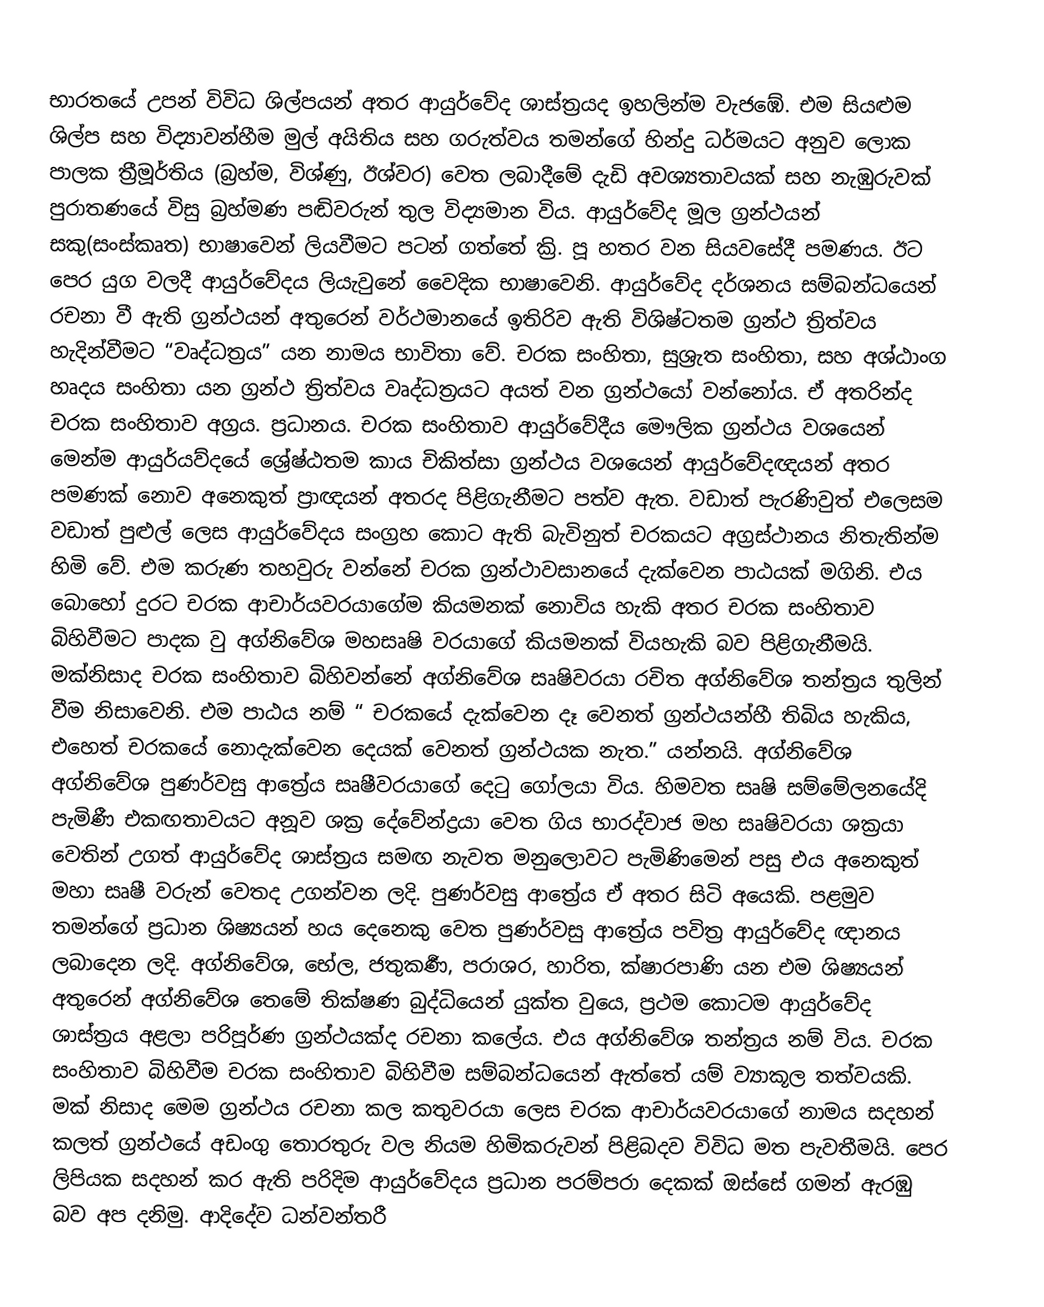
භාරතයේ උපන් විවිධ ශිල්පයන් අතර ආයුර්වේද ශාස්ත්‍රයද ඉහලින්ම වැජඹේ. එම සියළුම ශිල්ප සහ විද්‍යාවන්හීම මුල් අයිතිය සහ ගරුත්වය  තමන්ගේ හින්දු  ධර්මයට  අනුව ලොක පාලක ත්‍රීමූර්තිය (බ්‍රහ්ම, විශ්ණු, ඊශ්වර) වෙත ලබාදීමේ දැඩි අවශ්‍යතාවයක් සහ නැඹුරුවක් පුරාතණයේ විසු බ්‍රහ්මණ පඬිවරුන් තුල විද්‍යමාන විය.  ආයුර්වේද මූල ග්‍රන්ථයන් සකු(සංස්කෘත) භාෂාවෙන් ලියවීමට පටන් ගත්තේ ක්‍රි. පූ හතර වන සියවසේදී පමණය. ඊට පෙර යුග වලදී ආයුර්වේදය ලියැවුනේ වෛදික භාෂාවෙනි. ආයුර්වේද දර්ශනය සම්බන්ධයෙන් රචනා වී ඇති ග්‍රන්ථයන් අතුරෙන්  වර්ථමානයේ ඉතිරිව ඇති විශිෂ්ටතම ග්‍රන්ථ ත්‍රිත්වය හැදින්වීමට  “වෘද්ධත්‍රය” යන නාමය භාවිතා වේ. චරක සංහිතා, සුශ්‍රැත සංහිතා, සහ අශ්ඨාංග හෘදය සංහිතා යන ග්‍රන්ථ ත්‍රිත්වය වෘද්ධත්‍රයට අයත් වන ග්‍රන්ථයෝ වන්නෝය. ඒ අතරින්ද චරක සංහිතාව අග්‍රය. ප්‍රධානය. චරක සංහිතාව ආයුර්වේදීය මෞලික ග්‍රන්ථය වශයෙන් මෙන්ම ආයුර්යව්දයේ ශ්‍රේෂ්ඨතම  කාය චිකිත්සා ග්‍රන්ථය වශයෙන්  ආයුර්වේදඥයන් අතර පමණක් නොව අනෙකුත් ප්‍රාඥයන් අතරද  පිළිගැනීමට පත්ව ඇත. වඩාත් පැරණිවුත් එලෙසම වඩාත් පුළුල් ලෙස ආයුර්වේදය සංග්‍රහ කොට ඇති බැවිනුත් චරකයට අග්‍රස්ථානය නිතැතින්ම හිමි වේ. එම කරුණ තහවුරු වන්නේ චරක ග්‍රන්ථාවසානයේ දැක්වෙන පාඨයක් මගිනි. එය බොහෝ දුරට චරක ආචාර්යවරයාගේම කියමනක් නොවිය හැකි අතර චරක සංහිතාව බිහිවීමට පාදක වු අග්නිවේශ මහසෘෂි වරයාගේ කියමනක් වියහැකි බව පිළිගැනීමයි. මක්නිසාද චරක සංහිතාව බිහිවන්නේ අග්නිවේශ සෘෂිවරයා රචිත අග්නිවේශ තන්ත්‍රය තුලින් වීම  නිසාවෙනි. එම පාඨය නම් “ චරකයේ දැක්වෙන දෑ වෙනත් ග්‍රන්ථයන්හී තිබිය හැකිය, එහෙත් චරකයේ නොදැක්වෙන දෙයක් වෙනත් ග්‍රන්ථයක නැත.” යන්නයි. අග්නිවේශ අග්නිවේශ පුණර්වසු ආත්‍රේය සෘෂීවරයාගේ දෙටු ගෝලයා විය. හිමවත සෘෂි සම්මේලනයේදි පැමිණී එකඟතාවයට අනූව ශක්‍ර දේවේන්ද්‍රයා වෙත ගිය භාරද්වාජ මහ සෘෂිවරයා ශක්‍රයා වෙතින් උගත් ආයුර්වේද ශාස්ත්‍රය සමඟ නැවත මනුලොවට පැමි‍ණිමෙන් පසු එය අ‍නෙකුත් මහා සෘෂී වරුන් වෙතද උගන්වන ලදි. පුණර්වසු ආත්‍රේය ඒ අතර සිටි අයෙකි. පළමුව තමන්ගේ ප්‍රධාන ශිෂ්‍යයන් හය දෙනෙකු වෙත පුණර්වසු ආත්‍රේය පවිත්‍ර ආයුර්වේද ඥානය ලබාදෙන ලදි. අග්නිවේශ, භේල, ජතුකර්‍ණ, පරාශර, හාරිත, ක්ෂාරපාණි යන එම ශිෂ්‍යයන් අතුරෙන් අග්නිවේශ තෙමේ තික්ෂණ බුද්ධියෙන් යුක්ත වුයෙ, ප්‍රථම කොටම ආයුර්වේද ශාස්ත්‍රය අළලා පරිපූර්ණ ග්‍රන්ථයක්ද රචනා කලේය. එය අග්නිවේශ තන්ත්‍රය නම් විය. චරක සංහිතාව බිහිවීම චරක සංහිතාව බිහිවීම සම්බන්ධයෙන් ඇත්තේ යම් ව්‍යාකූල තත්වයකි. මක් නිසාද මෙම ග්‍රන්ථය රචනා කල කතුවරයා  ලෙස චරක ආචාර්යවරයාගේ නාමය සදහන් කලත්  ග්‍රන්ථයේ අඩංගු තොරතුරු වල නියම හිමිකරුවන් පිළිබදව විවිධ මත පැවතීමයි. පෙර ලිපියක සදහන් කර ඇති  පරිදිම ආයුර්වේදය ප්‍රධාන පරම්පරා දෙකක් ඔස්සේ ගමන් ඇරඹු බව අප දනිමු. ආදිදේව ධන්වන්තරී